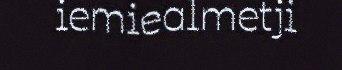
iemiealmetji